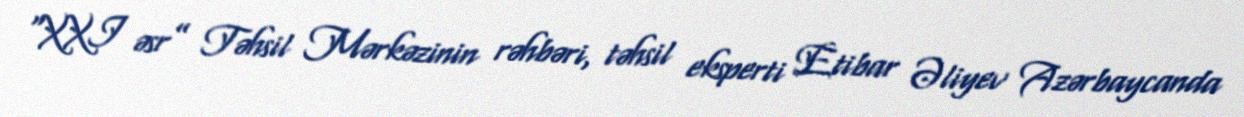
“XXI əsr” Təhsil Mərkəzinin rəhbəri, təhsil eksperti Etibar Əliyev Azərbaycanda